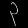
Digit: ၃